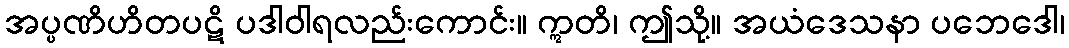
အပ္ပဏိဟိတပဋိ ပဒါဝါရလည်းကောင်း။ ဣတိ၊ ဤသို့။ အယံဒေသနာ ပဘေဒေါ၊